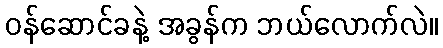
ဝန်ဆောင်ခနဲ့ အခွန်က ဘယ်လောက်လဲ။